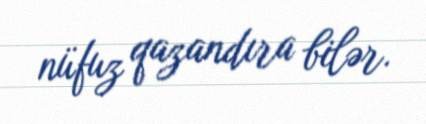
nüfuz qazandıra bilər.